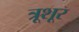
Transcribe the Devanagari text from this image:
त्रूशूर